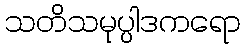
သတိသမုပ္ပါဒကရော